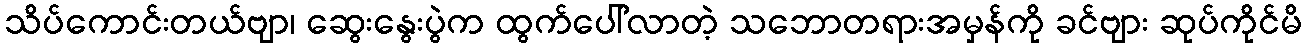
သိပ်ကောင်းတယ်ဗျာ၊ ဆွေးနွေးပွဲက ထွက်ပေါ်လာတဲ့ သဘောတရားအမှန်ကို ခင်ဗျား ဆုပ်ကိုင်မိ